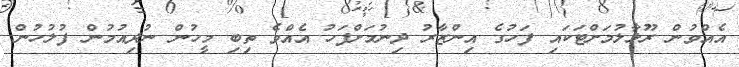
އެއްވުން ރޫޅާލުމަށްޓަކައި ފަހުގެ އިންޒާރު ދިނުމަށްފަހު އެއްވެ ތިބި މީހުން ނުދިއުމުން ފުލުހުން